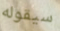
سيقوله